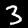
Digit: 3